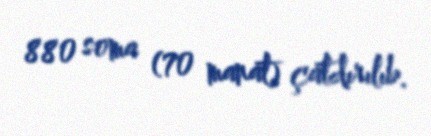
880 soma (70 manat) çatdırılıb.